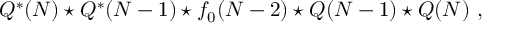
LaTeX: Q ^ { * } ( N ) \star Q ^ { * } ( N - 1 ) \star f _ { 0 } ( N - 2 ) \star Q ( N - 1 ) \star Q ( N ) ~ ,